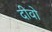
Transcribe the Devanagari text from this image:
दीवो